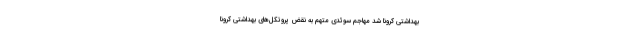
بهداشتی کرونا شد مهاجم سوئدی متهم به نقض پروتکل‌های بهداشتی کرونا